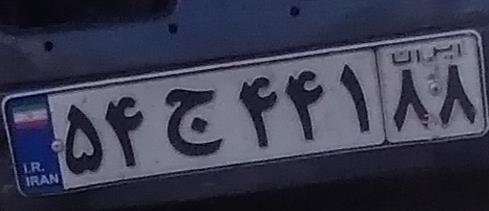
۵۴ج۴۴۱۸۸